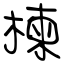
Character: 楝